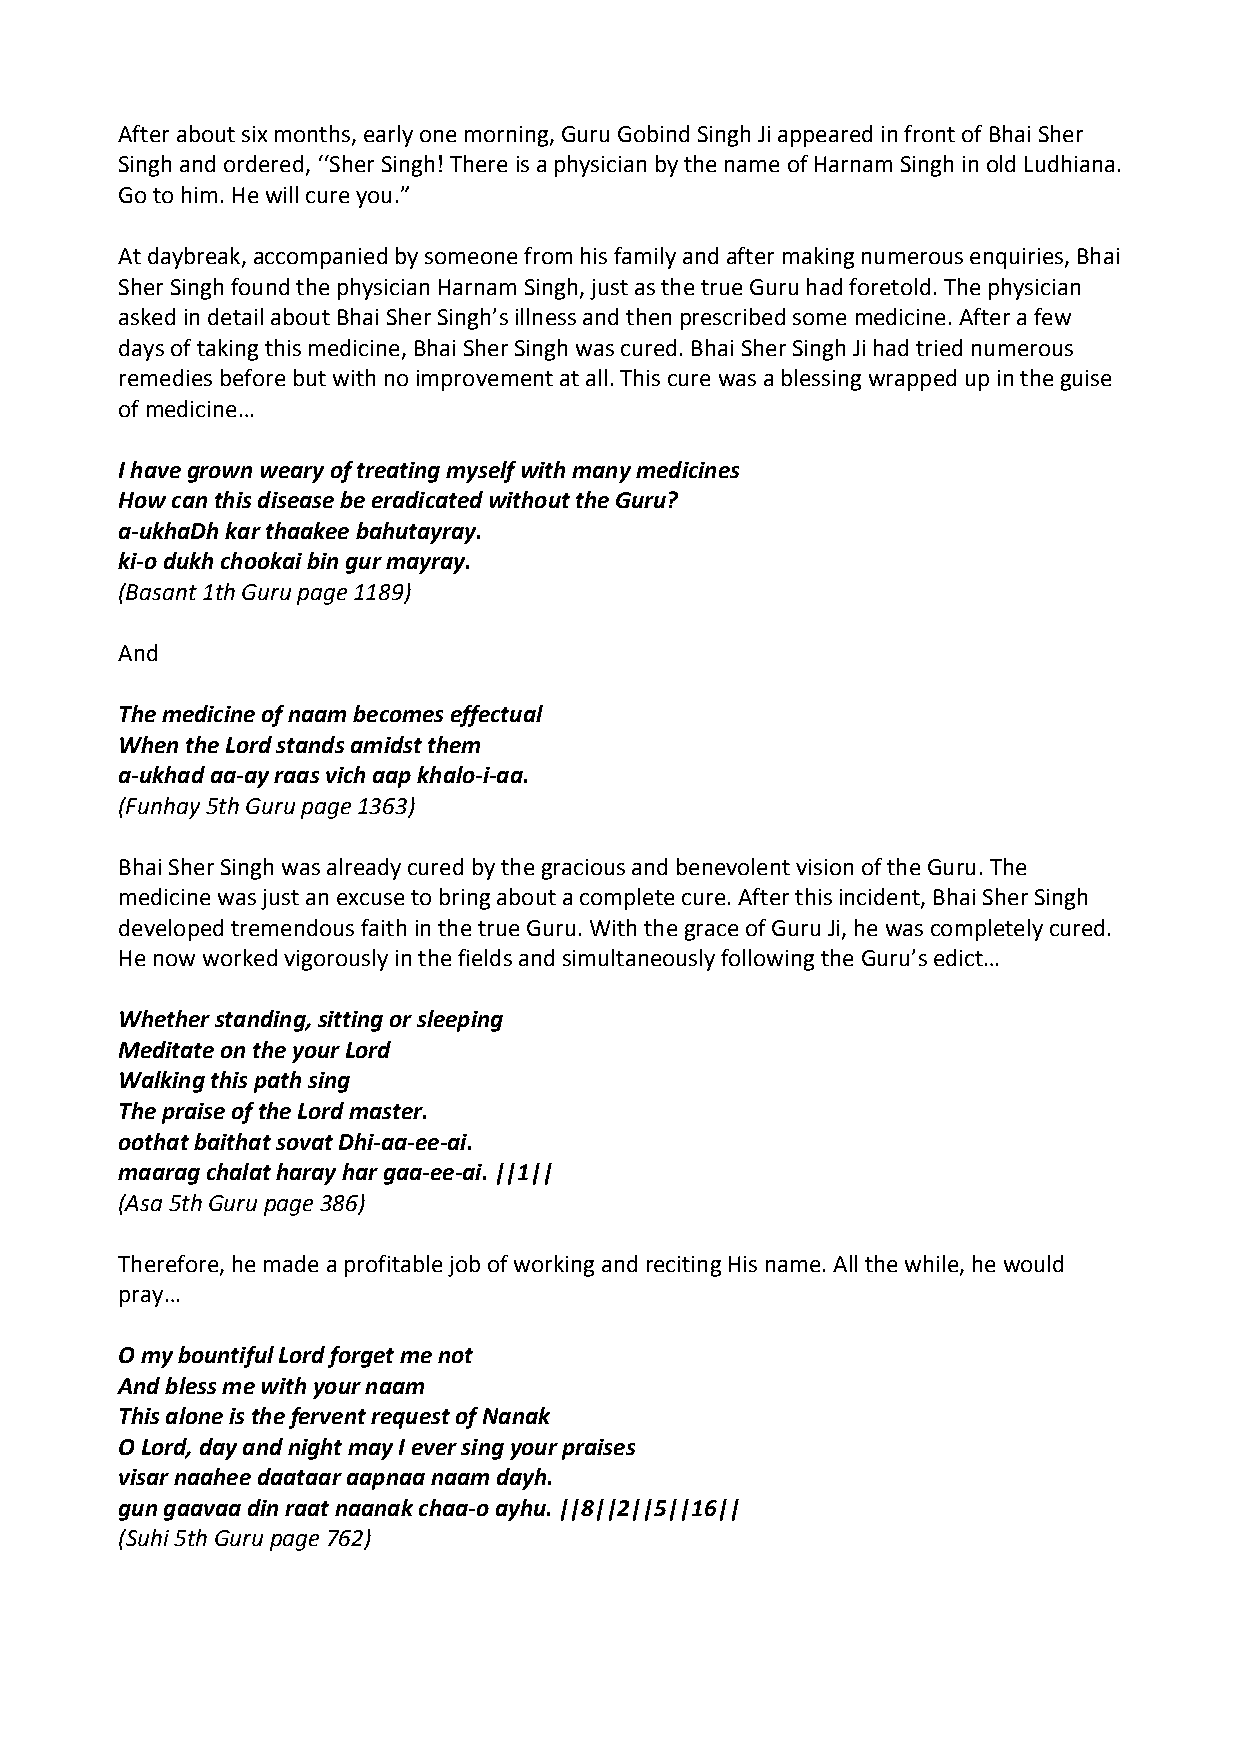
After about six months, early one morning, Guru Gobind Singh Ji appeared in front of Bhai Sher
 Singh and ordered, ‘‘Sher Singh! There is a physician by the name of Harnam Singh in old Ludhiana.
 Go to him. He will cure you.”
 At daybreak, accompanied by someone from his family and after making numerous enquiries, Bhai
 Sher Singh found the physician Harnam Singh, just as the true Guru had foretold. The physician
 asked in detail about Bhai Sher Singh’s illness and then prescribed some medicine. After a few
 days of taking this medicine, Bhai Sher Singh was cured. Bhai Sher Singh Ji had tried numerous
 remedies before but with no improvement at all. This cure was a blessing wrapped up in the guise
 of medicine…
 I have grown weary of treating myself with many medicines
 How can this disease be eradicated without the Guru?
 a‐ukhaDh kar thaakee bahutayray.
 ki‐o dukh chookai bin gur mayray.
 (Basant 1th Guru page 1189)
 And
 The medicine of naam becomes effectual
 When the Lord stands amidst them
 a‐ukhad aa‐ay raas vich aap khalo‐i‐aa.
 (Funhay 5th Guru page 1363)
 Bhai Sher Singh was already cured by the gracious and benevolent vision of the Guru. The
 medicine was just an excuse to bring about a complete cure. After this incident, Bhai Sher Singh
 developed tremendous faith in the true Guru. With the grace of Guru Ji, he was completely cured.
 He now worked vigorously in the fields and simultaneously following the Guru’s edict…
 Whether standing, sitting or sleeping
 Meditate on the your Lord
 Walking this path sing
 The praise of the Lord master.
 oothat baithat sovat Dhi‐aa‐ee‐ai.
 maarag chalat haray har gaa‐ee‐ai. ||1||
 (Asa 5th Guru page 386)
 Therefore, he made a profitable job of working and reciting His name. All the while, he would
 pray…
 O my bountiful Lord forget me not
 And bless me with your naam
 This alone is the fervent request of Nanak
 O Lord, day and night may I ever sing your praises
 visar naahee daataar aapnaa naam dayh.
 gun gaavaa din raat naanak chaa‐o ayhu. ||8||2||5||16||
 (Suhi 5th Guru page 762)